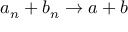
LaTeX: a _ { n } + b _ { n } \to a + b